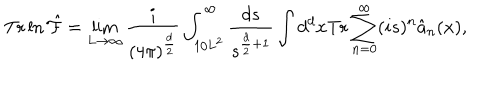
\mathrm { T r } \ln \hat { \cal F } = \lim _ { L \rightarrow \infty } \frac { i } { ( 4 \pi ) ^ { \frac { d } { 2 } } } \int _ { 1 / L ^ { 2 } } ^ { \infty } \frac { d s } { s ^ { \frac { d } { 2 } + 1 } } \int d ^ { d } x \mathrm { T r } \sum _ { n = 0 } ^ { \infty } ( i s ) ^ { n } \hat { a } _ { n } ( x ) ,